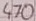
Text: 470